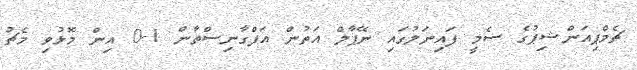
ޗެމްޕިއަންޝިޕުގެ ސެމީ ފައިނަލުގައި ނޭޕާލް އަތުން އަފްގާނިސްތާން 1-0 އިން މޮޅުވި މެޗު